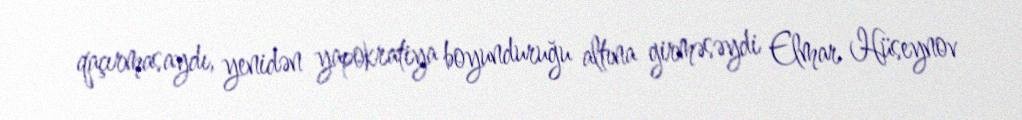
qaçırmasaydı, yenidən yapokratiya boyunduruğu altına girməsəydi Elmar Hüseynov